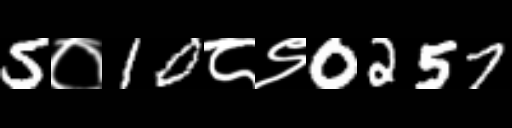
Text: 5०10८९0257